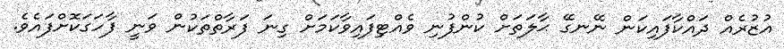
އުޒުރެއް ދައްކާފައިކަން ނޭނގޭ ޙާލަތަށް ކުންފުނި ވެއްޓިފައިވާކަމަށް ގިނަ ފަަރާތްތަކުން ވަނީ ފާހަގަކޮށްފައެވެ.